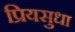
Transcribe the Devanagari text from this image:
प्रियसुधा